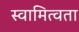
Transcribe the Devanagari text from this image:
स्वामित्वता